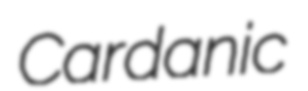
Cardanic